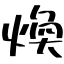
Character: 煥